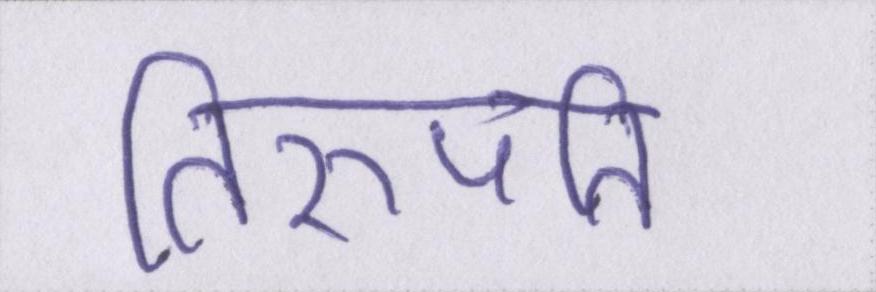
तिरुपति